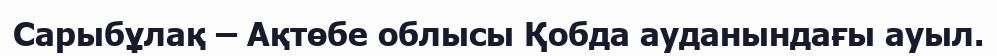
Сарыбұлақ – Ақтөбе облысы Қобда ауданындағы ауыл.